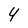
Character: 4